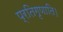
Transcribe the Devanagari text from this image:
प्रतिगृणाति।